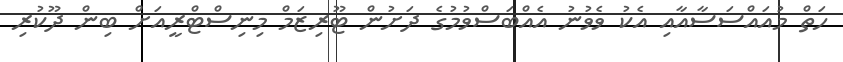
ހަތް މުއައްސަސާއާއި އެކު ވެވުނު އެއްބަސްވުމުގެ ދަށުން ޓޫރިޒަމް މިނިސްޓްރީއަށް ބިން ދޫކުރި